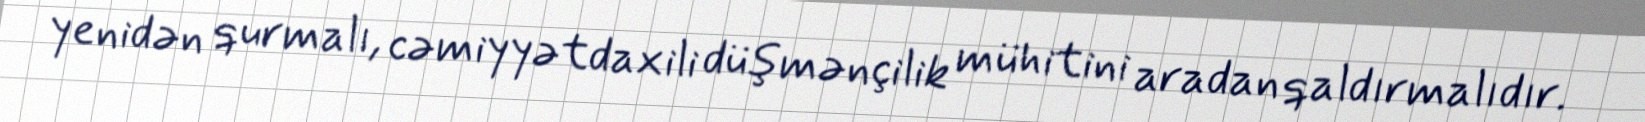
yenidən qurmalı, cəmiyyətdaxili düşmənçilik mühitini aradan qaldırmalıdır.